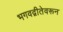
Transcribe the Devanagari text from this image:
भगवद्गीतेवरून